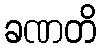
ခဏတိ